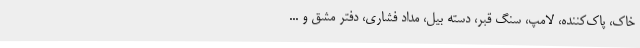
خاک، پاک‌کننده، لامپ، سنگ قبر، دسته بیل، مداد فشاری، دفتر مشق و ...